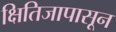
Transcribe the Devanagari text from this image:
क्षितिजापासून